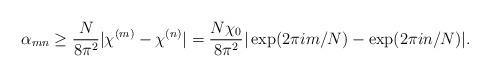
LaTeX: \begin{align*}\alpha_{mn} \geq \frac{N}{8 \pi^2} |\chi^{(m)} - \chi^{(n)}| =\frac{N \chi_0}{8 \pi^2} |\exp(2 \pi i m/N) - \exp(2 \pi i n/N)|.\end{align*}